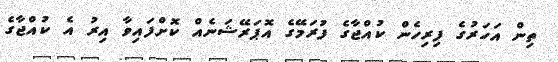
ތިން އަހަރުގެ ފިރިހެން ކުއްޖާގެ ފުރަމޭގެ އޮޕަރޭޝަނެއް ކޮށްފައިވާ އިރު އެ ކުއްޖާގެ